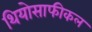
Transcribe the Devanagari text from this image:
थियोसाफीकल